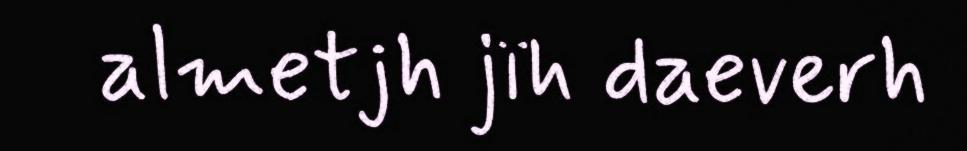
almetjh jïh daeverh